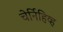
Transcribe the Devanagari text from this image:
चेर्निहिव्ह